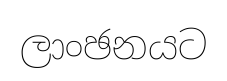
ලාංඡනයට